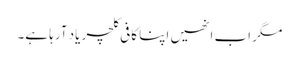
مگر اب انھیں اپنا کافی کلچر یاد آرہا ہے۔